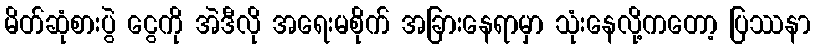
မိတ်ဆုံစားပွဲ ငွေကို အဲဒီလို အရေးမစိုက် အခြားနေရာမှာ သုံးနေလို့ကတော့ ပြဿနာ